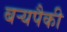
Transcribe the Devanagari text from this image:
बर्‍यपैकी